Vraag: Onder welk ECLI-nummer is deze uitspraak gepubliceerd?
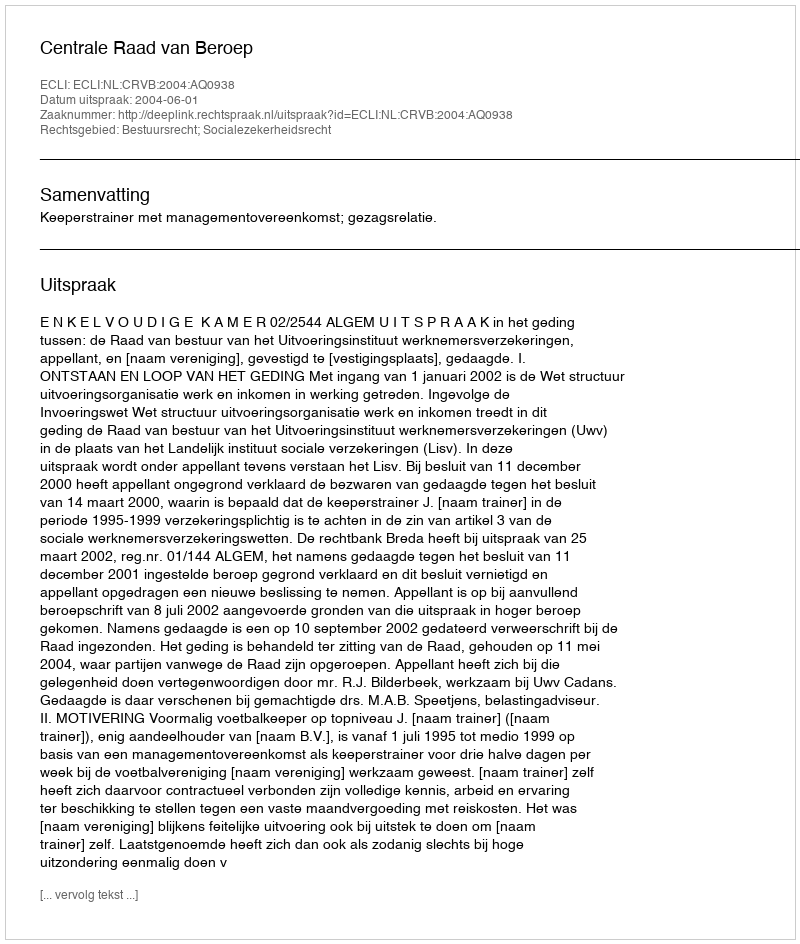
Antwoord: ECLI:NL:CRVB:2004:AQ0938